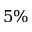
5 \%